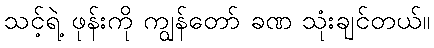
သင့်ရဲ့ ဖုန်းကို ကျွန်တော် ခဏ သုံးချင်တယ်။